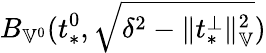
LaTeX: B_{\mathbb{V}^{0}}(t_{*}^{0},\sqrt{\delta^{2}-\| t_{*}^{\perp}\| _{\mathbb{V}}^{2}})